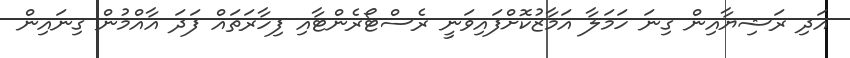
އަދި ރަޝިޔާއިން ގިނަ ހަމަލާ އަމާޒުކޮށްފައިވަނީ ރެސްޓޯރެންޓާއި ފިހާރަތައް ފަދަ އާއްމުން ގިނައިން